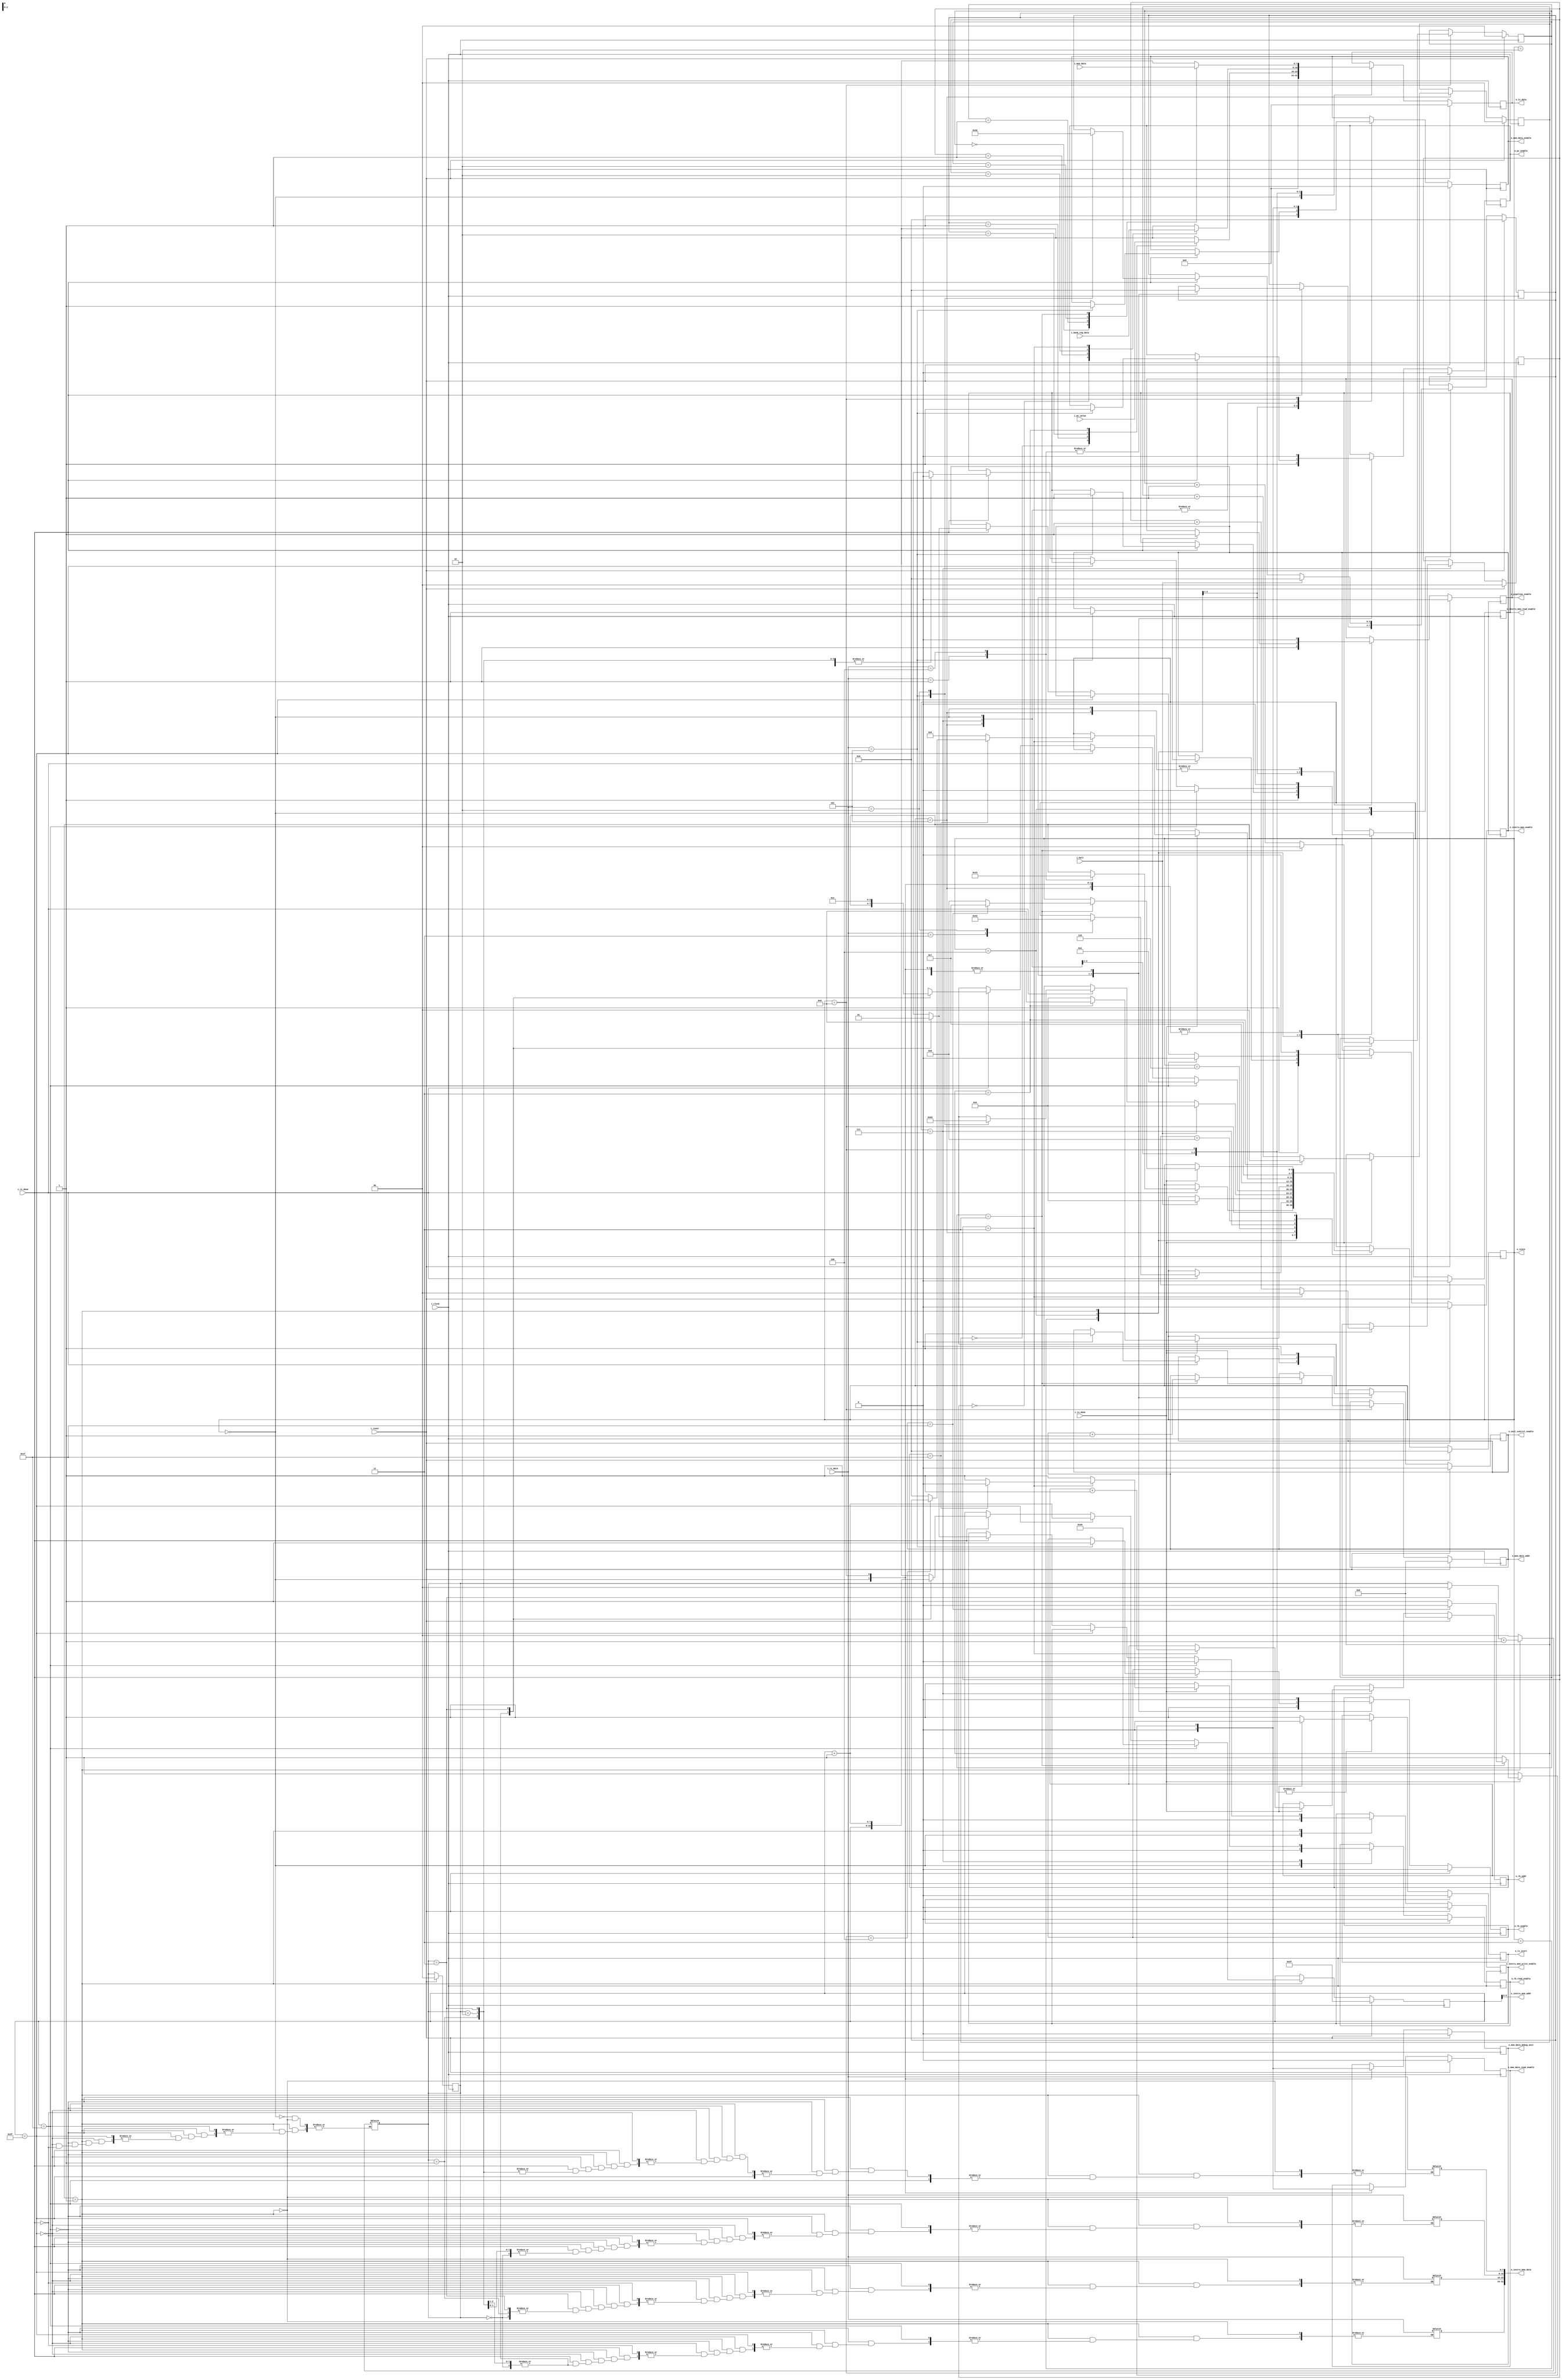
`timescale 1ns / 1ps

// States
//`define INITIAL            10'b0000000001  
//`define WRITE_IM           10'b0000000010  
//`define READY              10'b0000000100  
//`define START              10'b0000001000  
//`define STEP_BY_STEP       10'b0000010000   
//`define SEND_PC            10'b0000100000    
//`define READ_BR            10'b0001000000   
//`define SEND_BR            10'b0010000000    
//`define READ_MEM           10'b0100000000    
//`define SEND_MEM           10'b1000000000  

// Estados
`define INITIAL            4'b0000
`define WRITE_IM           4'b0001
`define READY              4'b0010
`define START              4'b0011
`define STEP_BY_STEP       4'b0100
`define SEND_PC            4'b0101
`define READ_BR            4'b0110
`define SEND_BR            4'b0111
`define READ_MEM           4'b1000
`define SEND_MEM           4'b1001

// External commands
//`define CMD_WRITE_IM        8'd1 // Escribir programa
//`define CMD_CONTINUE        8'd2 // Ejecucion continua
//`define CMD_STEP_BY_STEP    8'd3 // Step-by-step
//`define CMD_SEND_PC         8'd4 // Leer TODO
//`define CMD_STEP            8'd5 // Send step

// Comandos UART
`define CMD_WRITE_IM        8'b00000001 // Escribir programa
`define CMD_CONTINUE        8'b00000010 // Ejecucion continua
`define CMD_STEP_BY_STEP    8'b00000011 // Step-by-step
`define CMD_SEND_PC         8'b00000100 // Leer TODO
`define CMD_STEP            8'b00000101 // Send step

//////////////////////////////////////////////////////////////////////////////////
// Company: 
// Engineer: 
// 
// Create Date: 
// Design Name: 
// Module Name: debug_unit
// Project Name: 
// Target Devices: 
// Tool Versions: 
// Description: 
// 
// Dependencies: 
// 
// Revision:
// Revision 0.01 - File Created
// Additional Comments:
// 
//////////////////////////////////////////////////////////////////////////////////


module debug_unit#(
        //parameter WIDTH_STATE    = 10,
        parameter WIDTH_STATE = 4,
        parameter WIDTH_DATA = 8,
        parameter IM_CELL_SIZE = 32,
        parameter MAX_NUM_OF_INSTRUCTIONS_BINARY = 6,
        parameter WIDTH_ADDR = 32,
        parameter WIDTH_ADDR_REG = 5,
        parameter WIDTH_BYTE_CTR = 2,
        parameter WIDTH_ADDR_MEM = 5, 
        parameter MEM_MAX_ADDRESS = 32,
        parameter MEM_CELL_SIZE = 32,
        parameter REG_MAX_ADDRESS = 32,
        parameter WIDTH_PC_CTR = 2
    )
    (
        input i_clock,
        input i_reset,
        input i_halt,                                                           // proveniente del pipeline
        input i_rx_done,                                                        // meaning: RX tiene un byte listo para ser leido - UART
        input i_tx_done,                                                        // meaning: TX ya envio el byte - UART
        input [WIDTH_DATA-1:0] i_rx_data,                                       // from RX - UART
        input [WIDTH_ADDR-1:0] i_pc_value,                                      // data read from PC 
        input [MEM_CELL_SIZE-1:0] i_mem_data,                                   // data read from DATA mem
        input [WIDTH_ADDR-1:0] i_bank_reg_data,                                 // data read from BANK REGISTER
        
        output [IM_CELL_SIZE-1:0] o_instru_mem_data,                            // data to write in INSTRUCTION mem
        output [MAX_NUM_OF_INSTRUCTIONS_BINARY-1:0] o_instru_mem_addr,          // addr to write INSTRUCTION mem
        output [WIDTH_ADDR_REG-1:0] o_rb_addr,                                  // addr to read BANK REGISTER
        output [WIDTH_ADDR_MEM-1:0] o_mem_data_addr,                            // addr to read DATA mem
        output [WIDTH_DATA-1:0] o_tx_data,                                      // to TX - UART
        output o_tx_start,                                                      // to TX - UART
        output o_instru_mem_write_enable,   
        output o_instru_mem_read_enable,   
        output o_instru_mem_enable,         
        output o_rb_read_enable,             
        output o_rb_enable,                                 // Se usa solo cuando se activa funcionamiento normal de pipeline
        output o_mem_data_enable,           
        output o_mem_data_read_enable,      
        output o_mem_data_debug_unit,       
        output o_unit_control_enable,       
        output o_pc_enable,                 
        output [WIDTH_STATE-1:0] o_state,                     
        output o_pipeline_enable            
    );
    
    reg [WIDTH_STATE-1:0] state;
    reg [WIDTH_STATE-1:0] next_state;
    reg [WIDTH_STATE-1:0] prev_state;
    reg [WIDTH_STATE-1:0] next_prev_state;
    reg [WIDTH_DATA-1:0] im_count;
    reg [WIDTH_DATA-1:0] next_instru_mem_count;          
    reg [WIDTH_ADDR_MEM-1:0] count_mem_data_tx_done;
    reg [WIDTH_ADDR_MEM-1:0] count_mem_data_tx_done_next;  
    reg [WIDTH_BYTE_CTR-1:0] count_mem_byte;
    reg [WIDTH_BYTE_CTR-1:0] next_count_mem_byte;
    reg [WIDTH_ADDR_REG-1:0] count_bank_reg_tx_done; 
    reg [WIDTH_ADDR_REG-1:0] next_count_bank_reg_tx_done; 
    reg [WIDTH_BYTE_CTR-1:0] count_bank_reg_byte;
    reg [WIDTH_BYTE_CTR-1:0] next_count_bank_reg_byte;     
    reg [WIDTH_PC_CTR-1:0] count_pc;
    reg [WIDTH_PC_CTR-1:0] next_count_pc;
    reg [WIDTH_DATA-1:0] send_data;
    reg [WIDTH_DATA-1:0] next_send_data; 
    
    reg [WIDTH_DATA-1:0] ins_memory_concat [WIDTH_BYTE_CTR-1:0];
    reg [WIDTH_DATA-1:0] ins_memory_concat_1;
    reg [WIDTH_DATA-1:0] ins_memory_concat_2;
    reg [WIDTH_DATA-1:0] ins_memory_concat_3;
    reg [WIDTH_DATA-1:0] ins_memory_concat_4;
    reg [WIDTH_BYTE_CTR-1:0] ins_memory_concat_count;
    
    reg im_write_enable; 
    reg next_instru_mem_write_enable;   
    reg im_read_enable;
    reg next_instru_mem_read_enable;
    reg im_enable;
    reg next_instru_mem_enable;
    reg dm_read_enable;
    reg next_mem_data_read_enable;
    reg dm_enable; 
    reg next_mem_data_enable;
    reg dm_debug_unit;
    reg next_mem_data_debug_unit; 
    reg rb_read_enable;
    reg next_rb_read_enable;
    reg rb_enable;
    reg next_rb_enable;
    reg pc_enable;
    reg next_pc_enable; 
    reg unit_control_enable;
    reg next_unit_control_enable;
    reg tx_start;
    reg tx_start_next;
    reg pipeline_enable;
    reg next_pipeline_enable;
    
    
    // mem
    always @(negedge i_clock) begin
        if(i_reset) begin
            state                   <= `INITIAL;
            prev_state              <= `INITIAL;
            im_write_enable         <= 1'b0;
            im_read_enable          <= 1'b0;
            im_enable               <= 1'b0;
            im_count                <= 6'b111111;
            count_mem_data_tx_done  <= 5'b0;
            count_mem_byte          <= 2'b0;
            dm_enable               <= 1'b0;
            dm_read_enable          <= 1'b0;
            dm_debug_unit           <= 1'b0;
            count_bank_reg_tx_done  <= 5'b0;
            count_bank_reg_byte     <= 2'b0;
            rb_enable               <= 1'b0;
            rb_read_enable          <= 1'b0;
            pc_enable               <= 1'b0;
            count_pc                <= 2'b0;
            unit_control_enable     <= 1'b0;
            send_data               <= 8'b0;
            tx_start                <= 1'b0;
            pipeline_enable         <= 1'b0;
            ins_memory_concat_count <= 2'b0; 
    
    
        end
        else begin
            state                   <= next_state;
            prev_state              <= next_prev_state;
            im_write_enable         <= next_instru_mem_write_enable;
            im_read_enable          <= next_instru_mem_read_enable;
            im_enable               <= next_instru_mem_enable;
            im_count                <= next_instru_mem_count;
            dm_enable               <= next_mem_data_enable;
            dm_read_enable          <= next_mem_data_read_enable;
            count_mem_byte          <= next_count_mem_byte;
            count_mem_data_tx_done  <= count_mem_data_tx_done_next;
            dm_debug_unit           <= next_mem_data_debug_unit;
            rb_enable               <= next_rb_enable;
            rb_read_enable          <= next_rb_read_enable;
            count_bank_reg_byte     <= next_count_bank_reg_byte;
            count_bank_reg_tx_done  <= next_count_bank_reg_tx_done;
            tx_start                <= tx_start_next;
            pc_enable               <= next_pc_enable;
            count_pc                <= next_count_pc;
            unit_control_enable     <= next_unit_control_enable;
            send_data               <= next_send_data;
            pipeline_enable         <= next_pipeline_enable;
    
        end
    end
    
    // Next sate logic
    always @(*) begin
        next_state                      = state;
        next_prev_state                 = prev_state;
        next_mem_data_enable            = dm_enable;
        next_mem_data_read_enable       = dm_read_enable;
        next_mem_data_debug_unit        = dm_debug_unit;
        next_count_mem_byte             = count_mem_byte;
        count_mem_data_tx_done_next     = count_mem_data_tx_done;
        next_count_bank_reg_byte        = count_bank_reg_byte;
        next_count_bank_reg_tx_done     = count_bank_reg_tx_done;
        next_count_pc                   = count_pc;
        next_pc_enable                  = pc_enable;
        next_instru_mem_enable          = im_enable;
        next_instru_mem_write_enable    = im_write_enable;
        next_instru_mem_read_enable     = im_read_enable;
        next_instru_mem_count           = im_count;
        next_rb_enable                  = rb_enable;
        next_rb_read_enable             = rb_read_enable;
        next_send_data                  = send_data;
        next_unit_control_enable        = unit_control_enable;
        next_pipeline_enable            = pipeline_enable;
        tx_start_next                   = tx_start;
    
        case(state)
            `INITIAL: begin
                next_instru_mem_enable          = 1'b0;
                next_instru_mem_write_enable    = 1'b0;
                next_instru_mem_read_enable     = 1'b0;
                ins_memory_concat_count         = 2'b0;
                next_rb_enable                  = 1'b0;
                next_rb_read_enable             = 1'b0;
                next_mem_data_enable            = 1'b0;
                next_mem_data_read_enable       = 1'b0;
                next_mem_data_debug_unit        = 1'b0;
                next_unit_control_enable        = 1'b0;
                next_pc_enable                  = 1'b0;
                next_pipeline_enable            = 1'b0;
                next_send_data                  = 8'b0;
    
                if(i_rx_done) begin
                    case (i_rx_data)
                        `CMD_WRITE_IM:  begin
                            next_state          = `WRITE_IM;
                            next_prev_state     = `INITIAL;
                        end
    
                        `CMD_SEND_PC :begin
                            next_state          = `SEND_PC;
                            next_prev_state     = `INITIAL;
                        end
    
                    endcase
                end
            end
            `READY: begin
    
                if(i_rx_done)begin
                    case(i_rx_data)
                        `CMD_STEP_BY_STEP:   next_state = `STEP_BY_STEP;
                        `CMD_CONTINUE:       next_state = `START;
                    endcase
                end
            end
            `START: begin
                next_instru_mem_enable          = 1'b1;
                next_instru_mem_read_enable     = 1'b1;
                next_rb_enable                  = 1'b1;
                next_mem_data_enable            = 1'b1;
                next_unit_control_enable        = 1'b1;
                next_pc_enable                  = 1'b1;
                next_pipeline_enable            = 1'b1;
    
                if(i_halt)begin
                    next_state = `SEND_PC;
                end
            end
            `STEP_BY_STEP: begin
                if(i_rx_done)begin
                    next_pipeline_enable = 1'b1;
                    case (i_rx_data)
                        `CMD_STEP: begin
                            next_state                  = `SEND_PC;
                            next_prev_state             = `STEP_BY_STEP;
                            next_instru_mem_enable      = 1'b1;
                            next_instru_mem_read_enable = 1'b1;
                            next_rb_enable              = 1'b1;
                            next_mem_data_enable        = 1'b1;
                            next_unit_control_enable    = 1'b1;
                            next_pc_enable              = 1'b1;
                        end
                        `CMD_CONTINUE: begin
                            next_state      = `START;
                            next_prev_state = `INITIAL;
                        end    
                    endcase
                end
    
                if(i_halt)begin
                    next_state      = `SEND_PC;
                    next_prev_state = `INITIAL;
                end
            end
            `WRITE_IM: begin
                //if(im_count == 8'd254)begin
                if(im_count == 6'd31)begin
                    next_state                      = `READY;
                    next_instru_mem_enable          = 1'b0;
                    next_instru_mem_read_enable     = 1'b0;
                    next_instru_mem_write_enable    = 1'b0;
                    next_instru_mem_count           = 6'd32;
                end    
                else begin
                    if(im_count == 6'b111111)begin
                        next_instru_mem_count                       = im_count + 1;
                    end
                    else if(i_rx_done)begin
                        /*if (ins_memory_concat_count == 2'b11) begin
                            
                        end
                        else begin*/
                            /*next_instru_mem_enable                      = 1'b0;
                            next_instru_mem_write_enable                = 1'b0;
                            next_instru_mem_read_enable                 = 1'b0;*/
                            case (ins_memory_concat_count) 
                                2'b00: begin
                                    ins_memory_concat_1 = i_rx_data;
                                    next_instru_mem_enable                      = 1'b0;
                                    next_instru_mem_write_enable                = 1'b0;
                                    next_instru_mem_read_enable                 = 1'b0;
                                end
                                2'b01: begin
                                    ins_memory_concat_2 = i_rx_data;
                                    next_instru_mem_enable                      = 1'b0;
                                    next_instru_mem_write_enable                = 1'b0;
                                    next_instru_mem_read_enable                 = 1'b0;
                                end
                                2'b10: begin
                                    ins_memory_concat_3 = i_rx_data;
                                    next_instru_mem_enable                      = 1'b0;
                                    next_instru_mem_write_enable                = 1'b0;
                                    next_instru_mem_read_enable                 = 1'b0;
                                end
                                2'b11: begin
                                    next_instru_mem_enable                      = 1'b1;
                                    next_instru_mem_write_enable                = 1'b1;
                                    next_instru_mem_read_enable                 = 1'b0;
                                    //ins_memory_concat[ins_memory_concat_count]  = i_rx_data;
                                    ins_memory_concat_4                         = i_rx_data;
                                    ins_memory_concat_count                     = 2'b00;
                                    next_instru_mem_count                       = im_count + 1;
                                    next_state                                  = `WRITE_IM;
                                end
                             endcase
                            //ins_memory_concat[ins_memory_concat_count]  = i_rx_data;
                            ins_memory_concat_count                     = ins_memory_concat_count + 1;
                        end
                    /*end
                    else begin
                        next_instru_mem_enable          = 1'b0;
                        next_instru_mem_write_enable    = 1'b0;
                        next_instru_mem_read_enable     = 1'b0;
                    end*/
                end
            end
            `SEND_PC: begin
                tx_start_next               = 1'b1;
                next_instru_mem_enable      = 1'b0;
                next_instru_mem_read_enable = 1'b0;
                next_rb_enable              = 1'b0;
                next_mem_data_enable        = 1'b0;
                next_unit_control_enable    = 1'b0;
                next_pc_enable              = 1'b0;
                next_pipeline_enable        = 1'b0;
                case(count_pc)
                    2'd0:   next_send_data = i_pc_value[31:24];
                    2'd1:   next_send_data = i_pc_value[23:16];
                    2'd2:   next_send_data = i_pc_value[15:8];
                    2'd3:   next_send_data = i_pc_value[7:0];
                endcase
                if(i_tx_done)begin
                    tx_start_next = 1'b0;
                    if(count_pc == 2'd3)begin
                        next_pipeline_enable    = 1'b0; // por que aca?
                        tx_start_next           = 1'b0;
                        next_count_pc           = 2'b0;
                        next_state              = `SEND_MEM;
                    end
                    else begin
                        next_count_pc   = count_pc + 1;
                        next_state      = `SEND_PC;
                    end
                end
            end
            `READ_BR: begin
                next_state = `SEND_BR;
            end
            `SEND_BR: begin
                next_rb_read_enable         = 1'b1; // Read en = register bank con lectura para debug unit
                next_rb_enable              = 1'b0; // en = register bank con lectura en funcionamiento normal
                tx_start_next               = 1'b1;
                next_pc_enable              = 1'b0;
                next_unit_control_enable    = 1'b0;
                next_mem_data_enable        = 1'b0;
    
                case(next_count_bank_reg_byte)
                    2'd0:   next_send_data = i_bank_reg_data[31:24];
                    2'd1:   next_send_data = i_bank_reg_data[23:16];
                    2'd2:   next_send_data = i_bank_reg_data[15:8];
                    2'd3:   next_send_data = i_bank_reg_data[7:0];
                endcase
    
                if(i_tx_done)begin
                    next_count_bank_reg_byte = next_count_bank_reg_byte + 1;
                    tx_start_next = 1'b0;
    
                    if(count_bank_reg_byte == 2'd3)begin
                        next_count_bank_reg_tx_done     = count_bank_reg_tx_done + 1; // BR addr
                        next_count_bank_reg_byte        = 2'd0;
                        next_state                      = `READ_BR;
    
                        if(count_bank_reg_tx_done == REG_MAX_ADDRESS-1)begin
                            next_rb_read_enable  = 1'b0;
                            tx_start_next        = 1'b0;
                            if(prev_state == `STEP_BY_STEP) begin
                                next_state = prev_state;
                            end
                            else begin
                                next_state = `INITIAL;
                            end
                            tx_start_next        = 1'b0;                    
                        end
                    end
                end
            end
            `READ_MEM:begin
                next_state = `SEND_MEM;
            end
            `SEND_MEM: begin
                next_mem_data_read_enable    = 1'b1;
                next_mem_data_enable         = 1'b1;
                next_mem_data_debug_unit     = 1'b1; // select DU as addr and read en source
                tx_start_next                = 1'b1;
                next_instru_mem_enable       = 1'b0;
                next_instru_mem_read_enable  = 1'b0;
                next_rb_enable               = 1'b0;
                next_unit_control_enable     = 1'b0;
                next_pc_enable               = 1'b0;
    
                case(next_count_mem_byte)
                    2'd0:   next_send_data = i_mem_data[31:24];
                    2'd1:   next_send_data = i_mem_data[23:16];
                    2'd2:   next_send_data = i_mem_data[15:8];
                    2'd3:   next_send_data = i_mem_data[7:0];
                endcase
    
                if(i_tx_done)begin
                    next_count_mem_byte = next_count_mem_byte + 1;
                    tx_start_next = 1'b0;
                    
                    if(count_mem_byte == 2'd3)begin
                        count_mem_data_tx_done_next     = count_mem_data_tx_done + 1;
                        next_count_mem_byte             = 2'd0;
                        next_state                      = `READ_MEM;
    
                        if(count_mem_data_tx_done == MEM_MAX_ADDRESS-1)begin
                            next_mem_data_read_enable   = 1'b0;
                            next_mem_data_enable        = 1'b0;
                            next_mem_data_debug_unit    = 1'b0;
                            tx_start_next               = 1'b0;
                            next_state                  = `SEND_BR;
                        end
                    end
                end
            end
        endcase
    end
    
    assign o_instru_mem_enable              = im_enable;
    assign o_instru_mem_write_enable        = im_write_enable;
    assign o_instru_mem_read_enable         = im_read_enable;
    //assign o_instru_mem_data                = {ins_memory_concat[3],ins_memory_concat[2],ins_memory_concat[1],ins_memory_concat[0]};
    //assign o_instru_mem_data                = {ins_memory_concat_4,ins_memory_concat_3,ins_memory_concat_2,ins_memory_concat_1};
    assign o_instru_mem_data[31:24]                = ins_memory_concat_4;
    assign o_instru_mem_data[23:16]                = ins_memory_concat_3;
    assign o_instru_mem_data[15:8]                = ins_memory_concat_2;
    assign o_instru_mem_data[7:0]                = ins_memory_concat_1;
    assign o_instru_mem_addr                = im_count;
    assign o_mem_data_enable                = dm_enable;
    assign o_mem_data_read_enable           = dm_read_enable;
    assign o_mem_data_debug_unit            = dm_debug_unit;
    assign o_mem_data_addr                  = count_mem_data_tx_done; 
    assign o_rb_enable                      = rb_enable;
    assign o_rb_read_enable                 = rb_read_enable;
    assign o_rb_addr                        = count_bank_reg_tx_done;
    assign o_pc_enable                      = pc_enable;
    assign o_unit_control_enable            = unit_control_enable;
    assign o_tx_data                        = send_data;
    assign o_tx_start                       = tx_start;
    assign o_state                          = state;
    assign o_pipeline_enable                = pipeline_enable;
    
endmodule